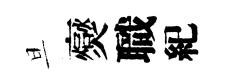
旦爕職紀